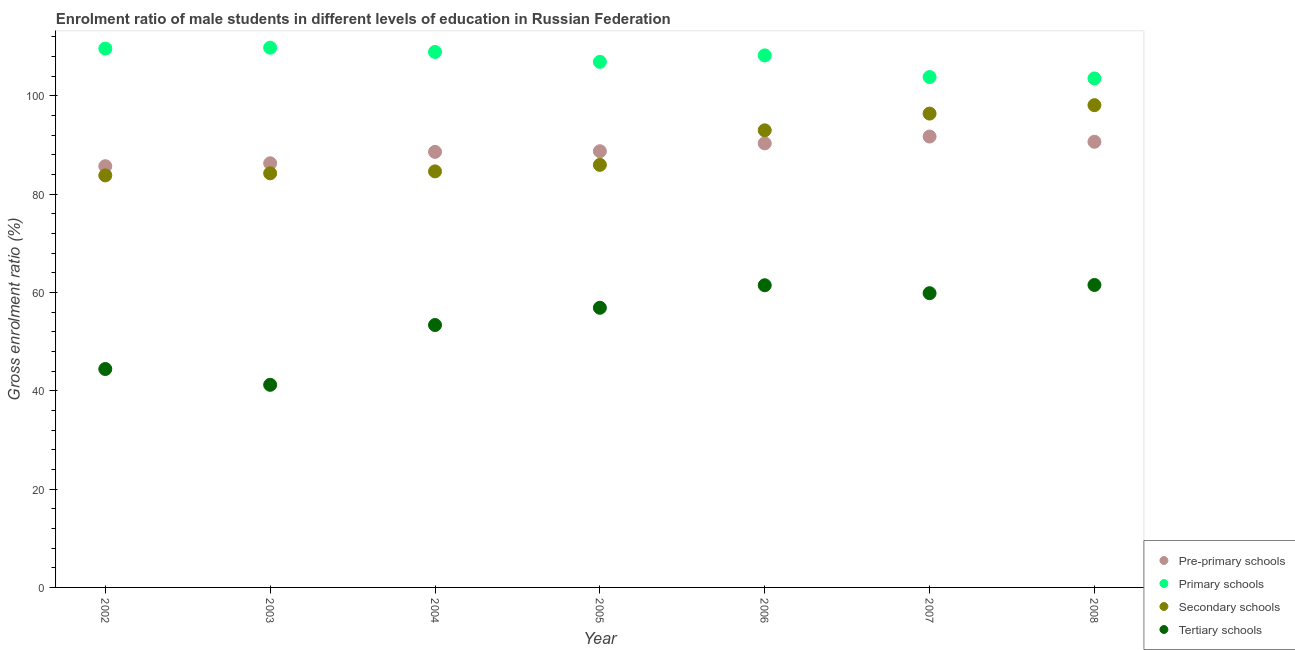
| Year | Pre-primary schools | Primary schools | Secondary schools | Tertiary schools |
 | --- | --- | --- | --- | --- |
 | 2002 | 85.7 | 110 | 83.8 | 44.4 |
 | 2003 | 86.3 | 110 | 84.2 | 41.2 |
 | 2004 | 88.6 | 109 | 84.6 | 53.4 |
 | 2005 | 88.7 | 107 | 86 | 56.9 |
 | 2006 | 90.3 | 108 | 93 | 61.5 |
 | 2007 | 91.7 | 104 | 96.4 | 59.9 |
 | 2008 | 90.7 | 104 | 98.1 | 61.5 |